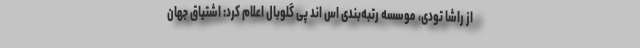
از راشا تودی، موسسه رتبه‌بندی اس اند پی گلوبال اعلام کرد: اشتیاق جهان